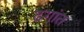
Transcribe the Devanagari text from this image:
ढगांत